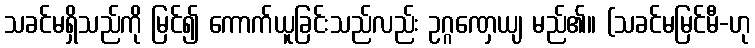
သခင်မရှိသည်ကို မြင်၍ ကောက်ယူခြင်းသည်လည်း ဥဂ္ဂဏှေယျ မည်၏။ (သခင်မမြင်မီ-ဟု